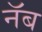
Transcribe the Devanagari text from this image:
नॅब